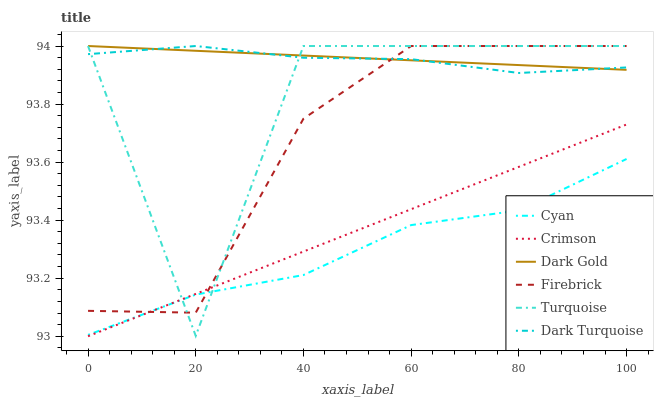
| xaxis_label | Cyan | Crimson | Dark Gold | Firebrick | Turquoise | Dark Turquoise |
 | --- | --- | --- | --- | --- | --- | --- |
 | 0 | 93 | 93 | 94 | 93.1 | 94 | 94 |
 | 20 | 93.1 | 93.1 | 94 | 93.1 | 93 | 94 |
 | 40 | 93.2 | 93.3 | 94 | 93.7 | 94 | 94 |
 | 60 | 93.4 | 93.4 | 94 | 94 | 94 | 94 |
 | 80 | 93.4 | 93.6 | 93.9 | 94 | 94 | 93.9 |
 | 100 | 93.6 | 93.7 | 93.9 | 94 | 94 | 93.9 |